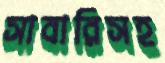
সাবারিসহ